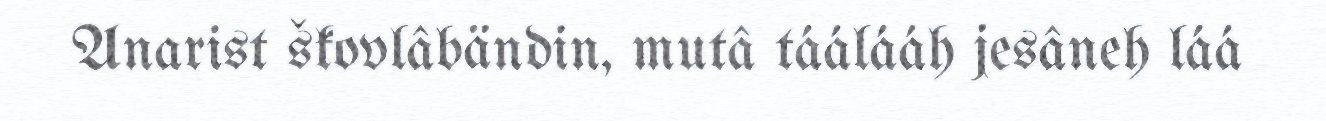
Anarist škovlâbändin, mutâ táálááh jesâneh láá